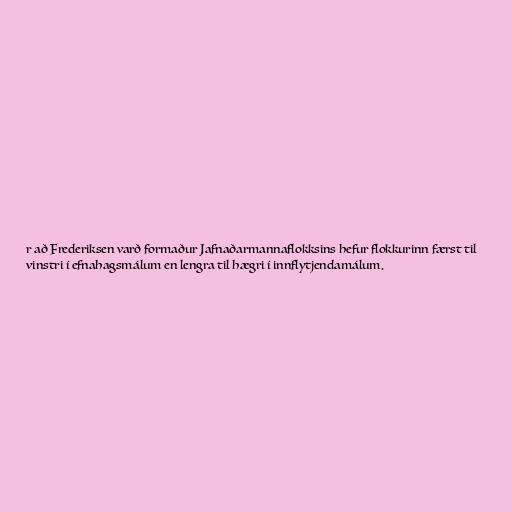
r að Frederiksen varð formaður Jafnaðarmannaflokksins hefur flokkurinn færst til
vinstri í efnahagsmálum en lengra til hægri í innflytjendamálum.